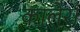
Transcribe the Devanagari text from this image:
कालेरा